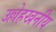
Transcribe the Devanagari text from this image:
उल्लेहखनीय